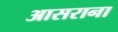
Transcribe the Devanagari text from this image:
आसराना